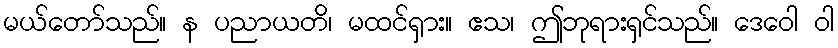
မယ်တော်သည်။ န ပညာယတိ၊ မထင်ရှား။ ဧသ၊ ဤဘုရားရှင်သည်။ ဒေဝေါ ဝါ